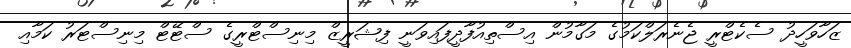
ޒަހާވަހީދު ސެކެޓްރީ ޖެނެރަލްކަމުގެ މަގާމުން އިސްތިއުފާދީފައިވަނީ ފިޝަރީޒް މިނިސްޓްރީގެ ސްޓޭޓް މިނިސްޓަރު ކަމާއި